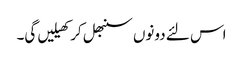
اس لئے دونوں سنبھل کر کھیلیں گی۔